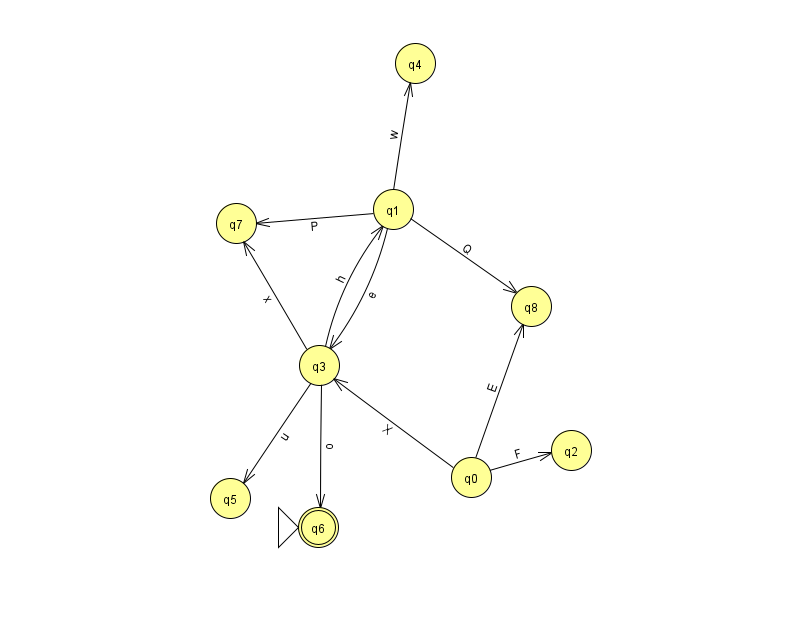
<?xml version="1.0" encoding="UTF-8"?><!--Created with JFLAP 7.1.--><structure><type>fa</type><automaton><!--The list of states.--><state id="0" name="q0"><x>471.0</x><y>464.0</y></state><state id="1" name="q1"><x>393.0</x><y>196.0</y></state><state id="2" name="q2"><x>571.0</x><y>437.0</y></state><state id="3" name="q3"><x>319.0</x><y>352.0</y></state><state id="4" name="q4"><x>415.0</x><y>50.0</y></state><state id="5" name="q5"><x>230.0</x><y>485.0</y></state><state id="6" name="q6"><x>318.0</x><y>514.0</y><initial/><final/></state><state id="7" name="q7"><x>236.0</x><y>210.0</y></state><state id="8" name="q8"><x>531.0</x><y>293.0</y></state><!--The list of transitions.--><transition><from>1</from><to>3</to><read>e</read></transition><transition><from>3</from><to>6</to><read>o</read></transition><transition><from>0</from><to>3</to><read>X</read></transition><transition><from>0</from><to>8</to><read>E</read></transition><transition><from>3</from><to>5</to><read>u</read></transition><transition><from>3</from><to>7</to><read>x</read></transition><transition><from>0</from><to>2</to><read>F</read></transition><transition><from>1</from><to>4</to><read>w</read></transition><transition><from>1</from><to>8</to><read>Q</read></transition><transition><from>3</from><to>1</to><read>h</read></transition><transition><from>1</from><to>7</to><read>P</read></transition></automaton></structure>